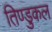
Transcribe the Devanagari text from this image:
तिण्डुकल